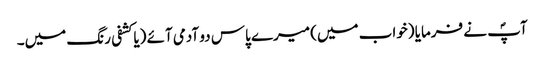
آپؐ نے فرمایا (خواب میں) میرے پاس دو آدمی آئے (یا کشفی رنگ میں۔